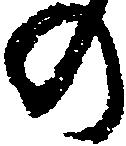
の